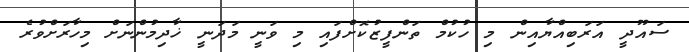
ސައޫދީ އަރަބިއްޔާއިން މި ހުކުމް ތަންފީޒުކޮށްފައި މި ވަނީ މަދަނީ ޚާދިމުންނަށް މިހާރަށްވުރެ